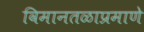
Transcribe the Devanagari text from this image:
विमानतळाप्रमाणे